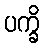
ပက္ခိ